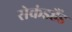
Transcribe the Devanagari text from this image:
सेकंडहैंड